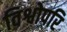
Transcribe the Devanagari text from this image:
विश्वोपरि